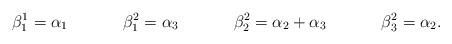
LaTeX: \begin{align*}\beta^1_1 &= \alpha_1 & \beta^2_1 &= \alpha_3 & \beta^2_2 &= \alpha_2 + \alpha_3 & \beta^2_3 &= \alpha_2.\end{align*}